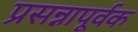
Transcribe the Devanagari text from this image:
प्रसन्नापूर्वक